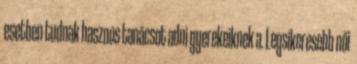
esetben tudnak hasznos tanácsot adni gyerekeiknek a. Legsikeresebb női